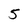
Character: 5